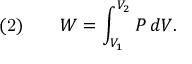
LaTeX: { \mathrm { ( 2 ) } } \qquad W = \int _ { V _ { 1 } } ^ { V _ { 2 } } P \, d V .